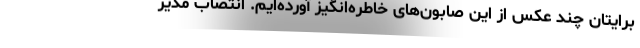
برایتان چند عکس از این صابون‌های خاطره‌انگیز آورده‌ایم. انتصاب مدیر